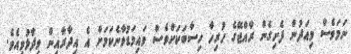
ނަމަވެސް މިއަދުން ފެށިގެން ރާއްޖޭގެ ހުރިހާ ހިސާބަކަށްވެސް ވައިމަޑުވާނެކަމަށް އެ އިދާރާއިން ވިދާޅުވިއެވެ.